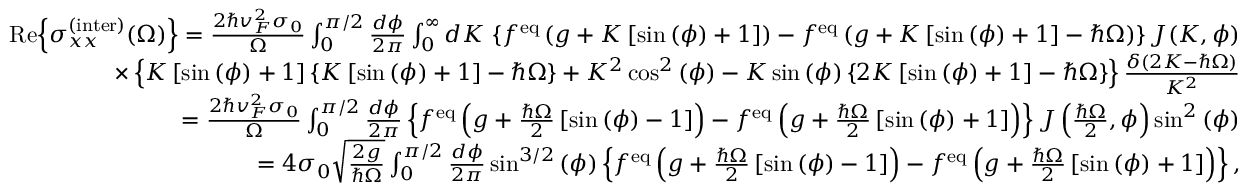
\begin{array} { r l r } & { } & { \mathrm { R e } { \left\{ \sigma _ { x x } ^ { \mathrm { ( i n t e r ) } } ( \Omega ) \right\} } = \frac { 2 \hbar v _ { F } ^ { 2 } \sigma _ { 0 } } { \Omega } \int _ { 0 } ^ { \pi / 2 } \frac { d \phi } { 2 \pi } \int _ { 0 } ^ { \infty } d K \, \left\{ f ^ { \mathrm { e q } } \left( g + K \left[ \sin { ( \phi ) } + 1 \right] \right) - f ^ { \mathrm { e q } } \left( g + K \left[ \sin { ( \phi ) } + 1 \right] - \hbar \Omega \right) \right\} J ( K , \phi ) } \\ & { } & { \times \left\{ K \left[ \sin { ( \phi ) } + 1 \right] \left\{ K \left[ \sin { ( \phi ) } + 1 \right] - \hbar \Omega \right\} + K ^ { 2 } \cos ^ { 2 } { ( \phi ) } - K \sin { ( \phi ) } \left\{ 2 K \left[ \sin { ( \phi ) } + 1 \right] - \hbar \Omega \right\} \right\} \frac { \delta \left( 2 K - \hbar \Omega \right) } { K ^ { 2 } } } \\ & { } & { = \frac { 2 \hbar v _ { F } ^ { 2 } \sigma _ { 0 } } { \Omega } \int _ { 0 } ^ { \pi / 2 } \frac { d \phi } { 2 \pi } \left\{ f ^ { \mathrm { e q } } \left( g + \frac { \hbar \Omega } { 2 } \left[ \sin { ( \phi ) } - 1 \right] \right) - f ^ { \mathrm { e q } } \left( g + \frac { \hbar \Omega } { 2 } \left[ \sin { ( \phi ) } + 1 \right] \right) \right\} J \left( \frac { \hbar \Omega } { 2 } , \phi \right) \sin ^ { 2 } { ( \phi ) } } \\ & { } & { = 4 \sigma _ { 0 } \sqrt { \frac { 2 g } { \hbar \Omega } } \int _ { 0 } ^ { \pi / 2 } \frac { d \phi } { 2 \pi } \sin ^ { 3 / 2 } { ( \phi ) } \left\{ f ^ { \mathrm { e q } } \left( g + \frac { \hbar \Omega } { 2 } \left[ \sin { ( \phi ) } - 1 \right] \right) - f ^ { \mathrm { e q } } \left( g + \frac { \hbar \Omega } { 2 } \left[ \sin { ( \phi ) } + 1 \right] \right) \right\} , } \end{array}